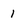
Character: 1